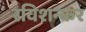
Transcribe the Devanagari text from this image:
रविशन्कर